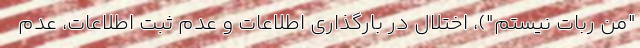
"من ربات نیستم")، اختلال در بارگذاری اطلاعات و عدم ثبت اطلاعات، عدم